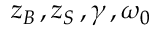
z _ { B } \, , z _ { S } \, , \gamma \, , \omega _ { 0 }